Indian journal of veterinary science and animal husbandry - Volumes 24-25, 1954-1955
Year: 1954
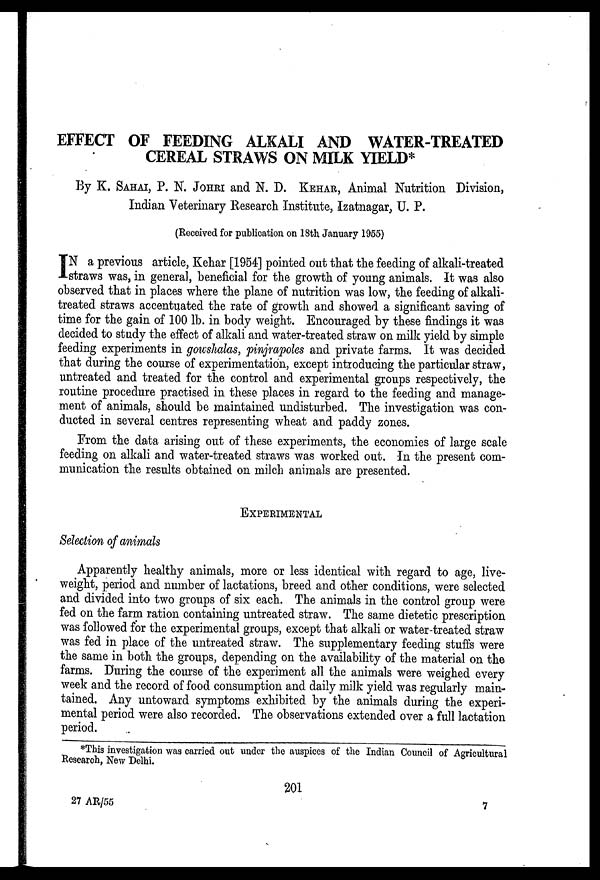
EFFECT OF FEEDING ALKALI AND WATER-TREATED
CEREAL STRAWS ON MILK YIELD*
By K. SAHAI, P. N. JOHRI and N. D. KEHAR, Animal Nutrition Division,
Indian Veterinary Research Institute, Izatnagar, U. P.
(Received for publication on 18th January 1955)
I N a previous article, Kehar [1954] pointed out that the feeding of alkali-treated
straws was, in general, beneficial for the growth of young animals. It was also
observed that in places where the plane of nutrition was low, the feeding of alkali-
treated straws accentuated the rate of growth and showed a significant saving of
time for the gain of 100 lb. in body weight. Encouraged by these findings it was
decided to study the effect of alkali and water-treated straw on milk yield by simple
feeding experiments in gowshalas, pinjrapoles and private farms. It was decided
that during the course of experimentation, except introducing the particular straw,
untreated and treated for the control and experimental groups respectively, the
routine procedure practised in these places in regard to the feeding and manage-
ment of animals, should be maintained undisturbed. The investigation was con-
ducted in several centres representing wheat and paddy zones.
From the data arising out of these experiments, the economies of large scale
feeding on alkali and water-treated straws was worked out. In the present com-
munication the results obtained on milch animals are presented.
EXPERIMENTAL
Selection of animals
Apparently healthy animals, more or less identical with regard to age, live-
weight, period and number of lactations, breed and other conditions, were selected
and divided into two groups of six each. The animals in the control group were
fed on the farm ration containing untreated straw. The same dietetic prescription
was followed for the experimental groups, except that alkali or water-treated straw
was fed in place of the untreated straw. The supplementary feeding stuffs were
the same in both the groups, depending on the availability of the material on the
farms. During the course of the experiment all the animals were weighed every
week and the record of food consumption and daily milk yield was regularly main-
tained. Any untoward symptoms exhibited by the animals during the experi-
mental period were also recorded. The observations extended over a full lactation
period.
*This investigation was carried out under the auspices of the Indian Council of Agricultural
Research, New Delhi.
201
27 AR/55
7